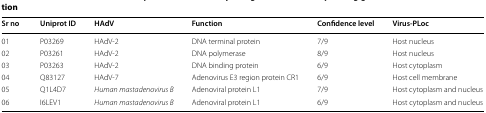
<table><thead><tr><td><b>Sr no</b></td><td><b>Uniprot ID</b></td><td><b>HAdV</b></td><td><b>Function</b></td><td><b>Confidence level</b></td><td><b>Virus-PLoc</b></td></tr></thead><tbody><tr><td>01</td><td>P03269</td><td>HAdV-2</td><td>DNA terminal protein</td><td>7/9</td><td>Host nucleus</td></tr><tr><td>02</td><td>P03261</td><td>HAdV-2</td><td>DNA polymerase</td><td>8/9</td><td>Host nucleus</td></tr><tr><td>03</td><td>P03263</td><td>HAdV-2</td><td>DNA binding protein</td><td>6/9</td><td>Host cytoplasm</td></tr><tr><td>04</td><td>Q83127</td><td>HAdV-7</td><td>Adenovirus E3 region protein CR1</td><td>6/9</td><td>Host cell membrane</td></tr><tr><td>05</td><td>Q1L4D7</td><td><i>Human mastadenovirus B</i></td><td>Adenoviral protein L1</td><td>7/9</td><td>Host cytoplasm and nucleus</td></tr><tr><td>06</td><td>I6LEV1</td><td><i>Human mastadenovirus B</i></td><td>Adenoviral protein L1</td><td>6/9</td><td>Host cytoplasm and nucleus</td></tr></tbody></table>